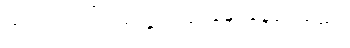
ဟင်းလင်းပြင်ထဲတွင် လွင့်မျောနေပုံရသည်။